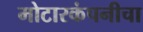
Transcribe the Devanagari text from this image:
मोटारकंपनीचा